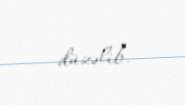
düzəlib.